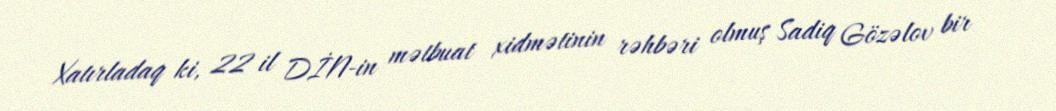
Xatırladaq ki, 22 il DİN-in mətbuat xidmətinin rəhbəri olmuş Sadiq Gözəlov bir